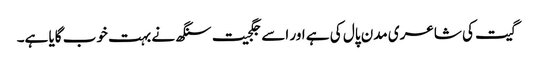
گیت کی شاعری مدن پال کی ہے اور اسے جگجیت سنگھ نے بہت خوب گایا ہے۔